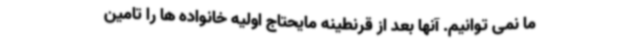
ما نمی توانیم. آنها بعد از قرنطینه مایحتاج اولیه خانواده ها را تامین